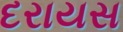
દરાયસ